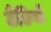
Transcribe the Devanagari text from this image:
टैडियो